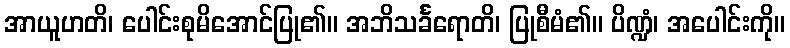
အာယူဟတိ၊ ပေါင်းစုမိအောင်ပြု၏။ အဘိသင်္ခရောတိ၊ ပြုစီမံ၏။ ပိဏ္ဍံ၊ အပေါင်းကို။